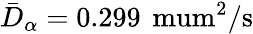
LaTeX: \bar{D}_{\alpha}=0.299\, \mathrm{{\ mum^{2}/s}}